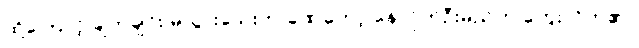
ထို့ကြောင့် ချက်ချင်း မသွားသေးဘဲ ခဏတော့ နေလိုက်ဦးမည်ဟု တွေးလိုက်၏။